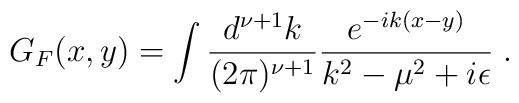
G_F(x,y) = \int { { d^{\nu + 1} k}\over {(2 \pi)^{\nu+1}} } { { e^{-ik(x-y)}} \over {k^2-\mu^2+i\epsilon} } \; .